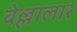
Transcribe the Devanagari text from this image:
वेल्लालार